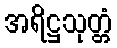
အရိဋ္ဌသုတ္တံ